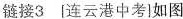
链接3 [连云港中考]如图